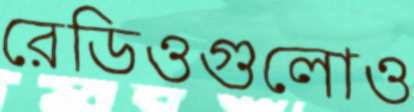
রেডিওগুলোও